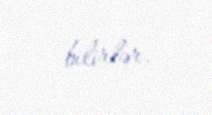
bilirlər.